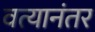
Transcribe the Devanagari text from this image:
वत्यानंतर